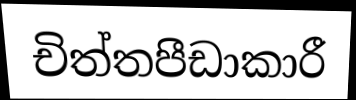
චිත්තපීඩාකාරී